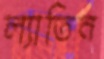
ল্যাতিন